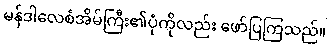
မန်ဒါလေစံအိမ်ကြီး၏ပုံကိုလည်း ဖော်ပြကြသည်။